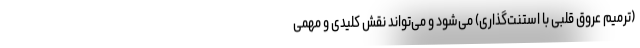
(ترمیم عروق قلبی با استنت‌گذاری) می‌شود و می‌تواند نقش کلیدی و مهمی